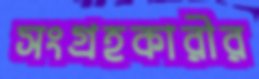
সংগ্রহকারীর